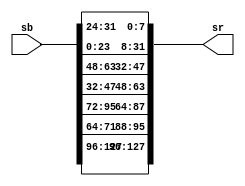
`timescale 1ns / 1ps

module invshiftrow(
    input [127:0] sb,
    output [127:0] sr);
/*
		127:120 119:112 111:104 103:98
		95:88   87:80   79:72   71:64
		63:56   55:48   47:40   39:32
		31:24   23:16   15:8    7:0
*/
	
assign          sr[127:120] =   sb[127:120] ;  
assign          sr[119:112] =   sb[119:112] ;
assign          sr[111:104] =   sb[111:104] ;
assign          sr[103:96]  =   sb[103:96]  ;
   
assign          sr[95:88]   =   sb[71:64]   ;
assign          sr[87:80]   =   sb[95:88]   ;
assign          sr[79:72]   =   sb[87:80]   ;
assign          sr[71:64]   =   sb[79:72]   ;
   
assign          sr[63:56]   =   sb[47:40]   ;
assign          sr[55:48]   =   sb[39:32]   ;
assign          sr[47:40]   =   sb[63:56]   ;
assign          sr[39:32]   =   sb[55:48]   ;
   
assign          sr[31:24]   =   sb[23:16]   ;
assign          sr[23:16]   =   sb[15:8]    ;
assign          sr[15:8]    =   sb[7:0]     ;
assign          sr[7:0]     =   sb[31:24]   ;  

endmodule